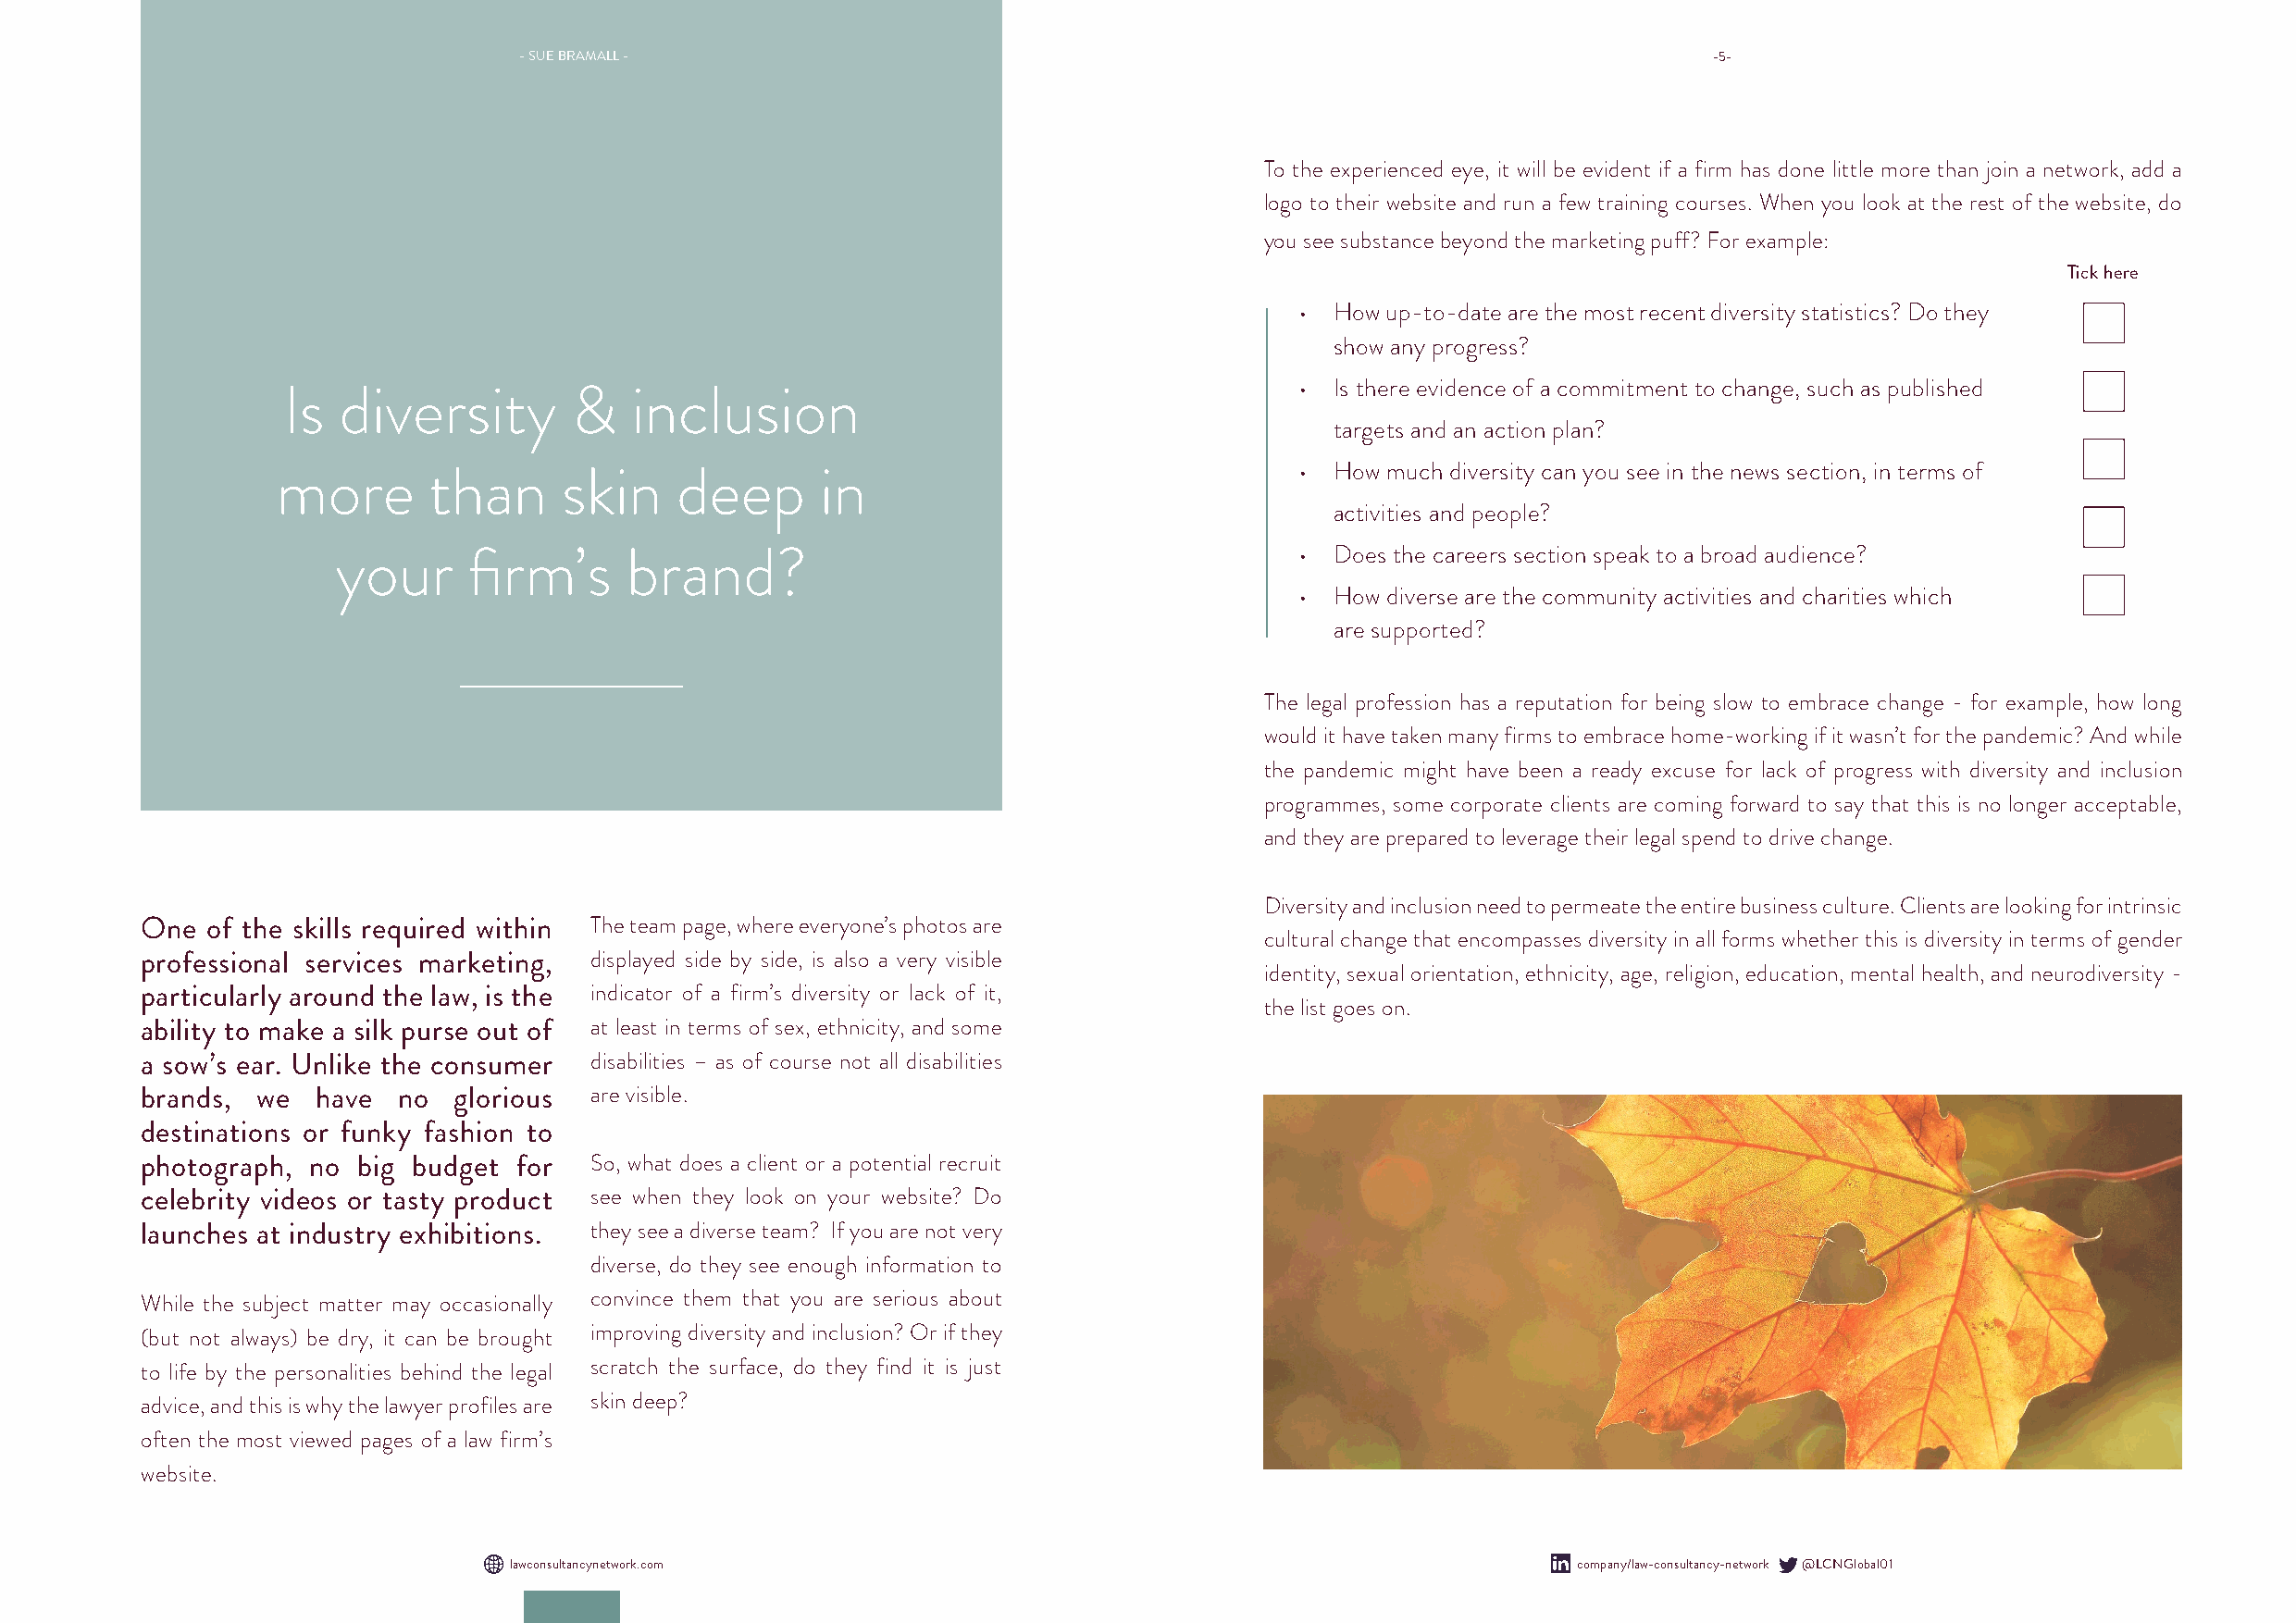
- SUE BRAMALL -                                                                       -5-
 To the experienced eye, it will be evident if a firm has done little more than join a network, add a
 logo to their website and run a few training courses. When you look at the rest of the website, do
 you see substance beyond the marketing puff? For example:
 Tick here
 • How up-to-date are the most recent diversity statistics? Do they
 show any progress?
 • Is there evidence of a commitment to change, such as published
 Is  diversity        &   inclusion
 targets and an action plan?
 • How much diversity can you see in the news section, in terms of
 more       than     skin    deep       in
 activities and people?
 your     firm’s      brand?                                          • Does the careers section speak to a broad audience?
 • How diverse are the community activities and charities which
 are supported?
 The legal profession has a reputation for being slow to embrace change - for example, how long
 would it have taken many firms to embrace home-working if it wasn’t for the pandemic? And while
 the pandemic might have been a ready excuse for lack of progress with diversity and inclusion
 programmes, some corporate clients are coming forward to say that this is no longer acceptable,
 and they are prepared to leverage their legal spend to drive change.
 Diversity and inclusion need to permeate the entire business culture. Clients are looking for intrinsic
 One  of the skills required within The team page, where everyone’s photos are
 cultural change that encompasses diversity in all forms whether this is diversity in terms of gender
 professional services marketing, displayed side by side, is also a very visible
 identity, sexual orientation, ethnicity, age, religion, education, mental health, and neurodiversity -
 particularly around the law, is the indicator of a firm’s diversity or lack of it,
 the list goes on.
 ability to make a silk purse out of at least in terms of sex, ethnicity, and some
 a sow’s ear. Unlike the consumer disabilities – as of course not all disabilities
 brands, we   have no   glorious are visible.
 destinations or funky fashion to
 photograph, no  big budget for  So, what does a client or a potential recruit
 celebrity videos or tasty product see when they look on your website? Do
 launches at industry exhibitions. they see a diverse team? If you are not very
 diverse, do they see enough information to
 While the subject matter may occasionally convince them that you are serious about
 (but not always) be dry, it can be brought improving diversity and inclusion? Or if they
 to life by the personalities behind the legal scratch the surface, do they find it is just
 advice, and this is why the lawyer profiles are skin deep?
 often the most viewed pages of a law firm’s
 website.
 lawconsultancynetwork.com                                                    company/law-consultancy-network @LCNGlobal01